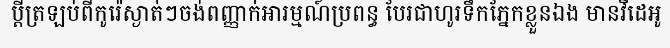
ប្តីត្រឡប់ពីកូរ៉េស្ងាត់ៗចង់ពញ្ញាក់អារម្មណ៍ប្រពន្ធ បែរជាហូរទឹកភ្នែកខ្លួនឯង មានវីដេអូ